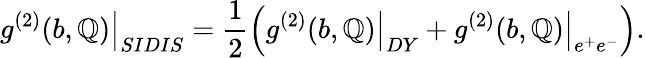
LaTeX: \left.g^{(2)}(b,\mathbb{Q})\right|_{SIDIS}=\frac{{1}}{{2}}\Bigl(\left.g^{(2)}(b,\mathbb{Q})\right|_{DY}+\left.g^{(2)}(b,\mathbb{Q})\right|_{e^{+}e^{-}}\Bigr).